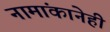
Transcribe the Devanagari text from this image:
नामांकानेही